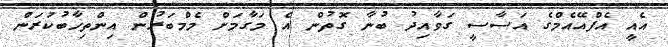
އެއީ އެފްއޭއެމްގެ އަސާސީ ގަވާއިދު ބުނާ ގޮތުން އެ މަގާމަށް މެމްބަރުން އިންތިހާބުކުރަން